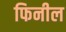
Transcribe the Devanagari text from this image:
फिनील